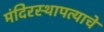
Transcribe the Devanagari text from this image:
मंदिरस्थापत्याचे